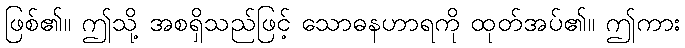
ဖြစ်၏။ ဤသို့ အစရှိသည်ဖြင့် သောဓနဟာရကို ထုတ်အပ်၏။ ဤကား